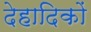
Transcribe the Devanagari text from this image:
देहादिकों